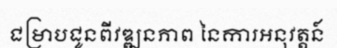
ជម្រាបជូនពីវឌ្ឍនភាព នៃការអនុវត្តន៍